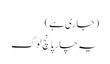
(جاری ہے)
یہ چار پانچ لوگ